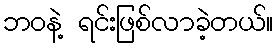
ဘဝနဲ့ ရင်းဖြစ်လာခဲ့တယ်။